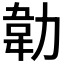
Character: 𭄵